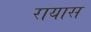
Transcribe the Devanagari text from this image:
रायास